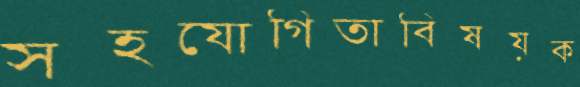
সহযোগিতাবিষয়ক